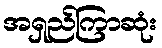
အရှည်ကြာဆုံး